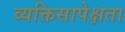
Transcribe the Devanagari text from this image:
व्यक्तिसापेक्षता